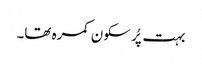
بہت پُر سکون کمرہ تھا۔